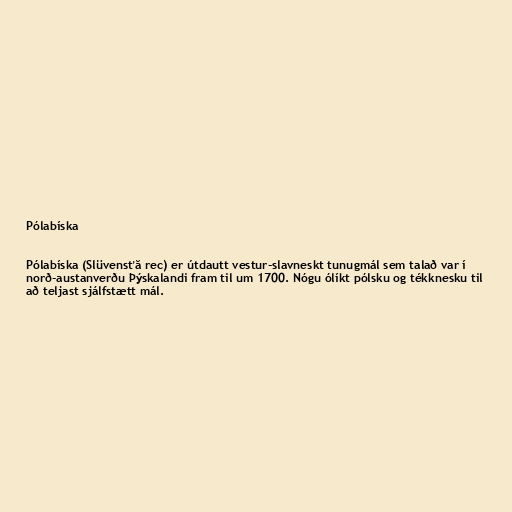
Pólabíska

Pólabíska (Slüvensťă rec) er útdautt vestur-slavneskt tunugmál sem talað var í
norð-austanverðu Þýskalandi fram til um 1700. Nógu ólíkt pólsku og tékknesku til
að teljast sjálfstætt mál.